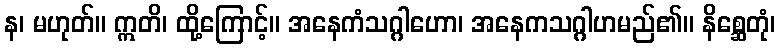
န၊ မဟုတ်။ ဣတိ၊ ထို့ကြောင့်။ အနေကံသဂ္ဂါဟော၊ အနေကသဂ္ဂါဟမည်၏။ နိစ္ဆေတုံ၊